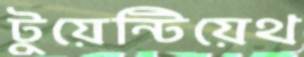
টুয়েন্টিয়েথ